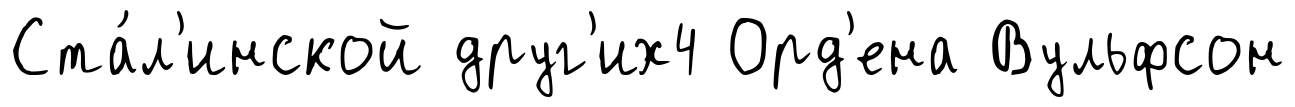
Ста́л'инской друг'их4 Орд'ена Вульфсон